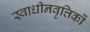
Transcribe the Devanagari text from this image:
स्वाधीनवृत्तिकों